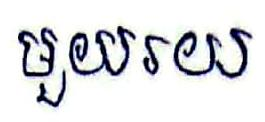
មួយរយ